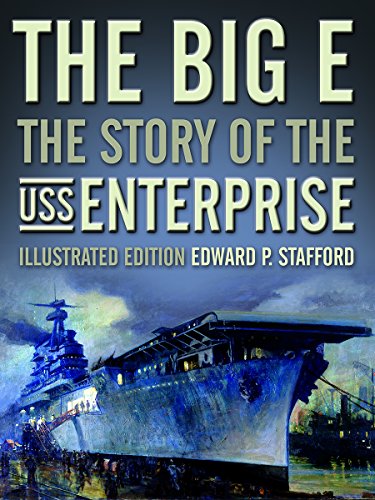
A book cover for The Big E: The Story of the USS Enterprise, Illustrated Edition; Edward P. Stafford; Engineering & Transportation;